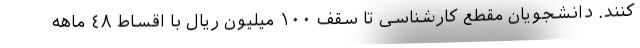
کنند. دانشجویان مقطع کارشناسی تا سقف ١٠٠ میلیون ریال با اقساط ٤٨ ماهه